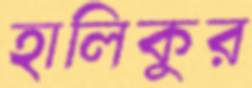
হালিকুর